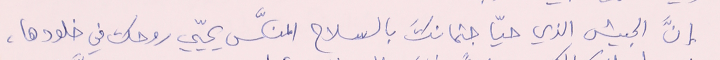
انَّ الجيش الذي حيّا جثمانكَ بالسلاح المنكَّس يحيّي روحك في خلودها،